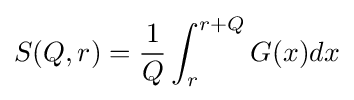
S(Q,r)={\frac {1}{Q}}\int _{r}^{r+Q}G(x)dx